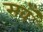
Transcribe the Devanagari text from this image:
सवँ